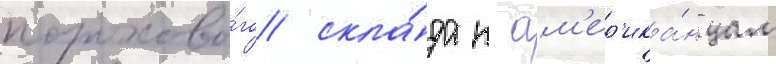
порохово́го скла́да к ам'ер'ика́нцам